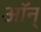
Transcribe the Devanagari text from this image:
ऑन्